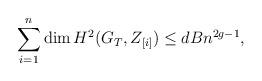
LaTeX: \begin{align*} \sum_{i=1}^{n} \dim H^2(G_T, Z_{[i]}) \leq dBn^{2g - 1}, \end{align*}